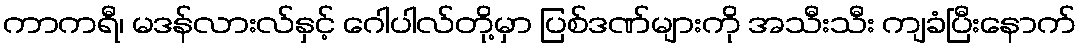
ကာကရီ၊ မဒန်လားလ်နှင့် ဂေါပါလ်တို့မှာ ပြစ်ဒဏ်များကို အသီးသီး ကျခံပြီးနောက်